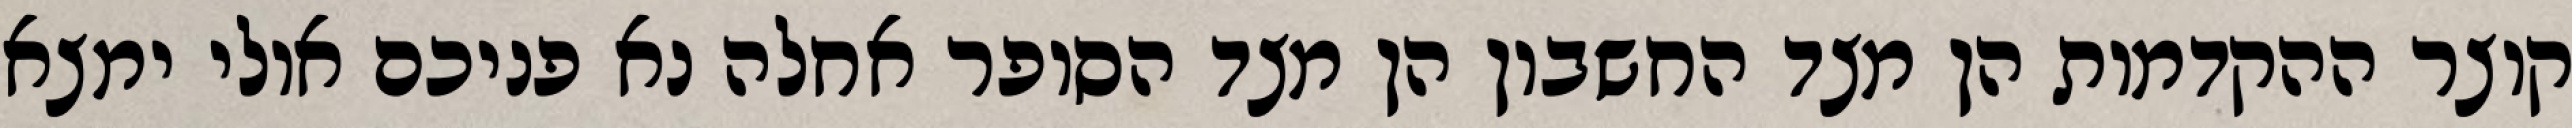
קוצר ההקדמות הן מצד החשבון הן מצד הסופר אחלה נא פניכם אולי ימצא